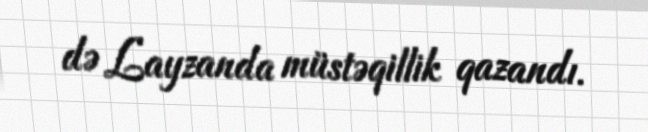
də Layzanda müstəqillik qazandı.